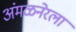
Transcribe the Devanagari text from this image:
अंमळनेरला